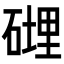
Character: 𥕄